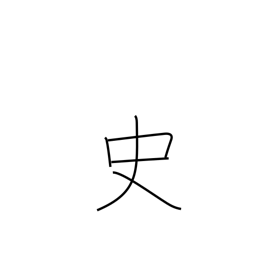
Meaning: chronicle